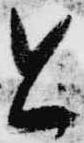
と